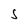
Character: S